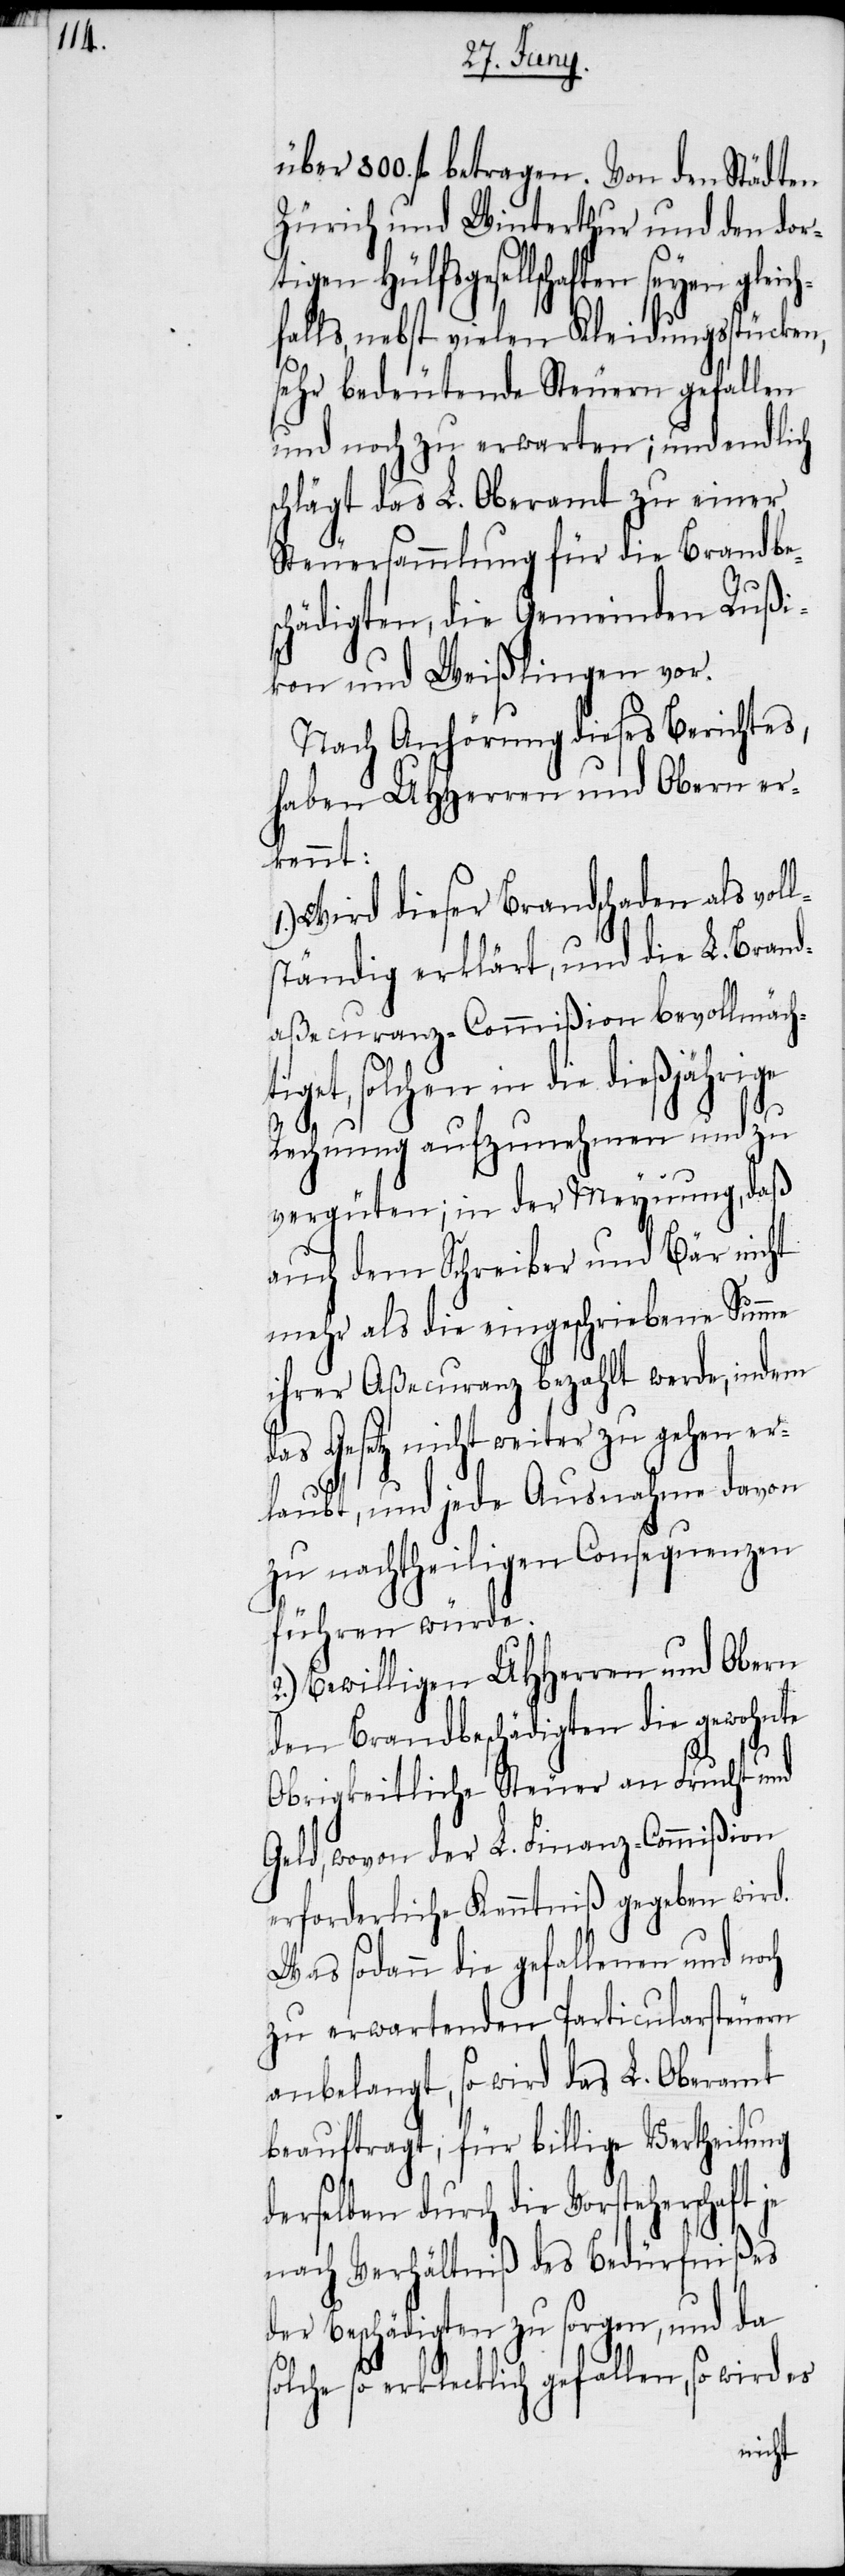
über 800. fl betragen. Von den Städten
Zürich und Winterthur und den dort¬
tiget, solchen in die
falls, nebst vielen Kleidungsstücken,
sehr bedeutende Steuern gefallen
und noch zu erwarten; und endlich
schlägt das L. Oberamt zu einer
Steuersammlung für die Brandbes¬
chädigten, die Gemeinden Rußi¬
kon und Weißlingen vor.
Nach Anhörung dieses Berichtes,
haben UHHerren und Obern er¬
kennt:
1.) Wird dieser Brandschaden als vol¬
ständig erklärt, und die L. Brand¬
aßecuranz-Commißion bevollmäch¬
seyen gleich¬
Rechnung aufzunehmen und zu
vergüten; in der Meynung, daß
auch dem Schreiber und Bär nicht
mehr als die eingeschriebene Summe
ihrer Aßecuranz bezahlt werde, indem
das Gesetz nicht weiter zu gehen er¬
laubt, und jede Ausnahme davon
zu nachtheiligen Consequenzen
führen würde.
2.) Bewilligen UHHerren und Obern
den Brandbeschädigten die gewohnte
s¬
Obrigkeitliche Steuer an Frucht und
Geld, wovon der L. Finanz-Commißion
erforderliche Kenntniß gegeben wird.
Was sodann die gefallenen und noch
zu erwartenden Particularsteuern
anbelangt, so wird das L. Oberamt
beauftragt, für billige Vertheilung
derselben durch die Vorsteherschaft
nach Verhältniß des Bedürfnißes
der Beschädigten zu sorgen, und da
olche so erklecklich gefallen, so wird es